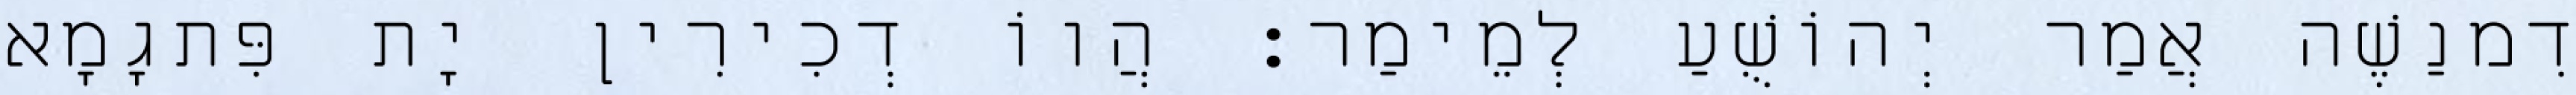
דִמנַשֶׁה אֲמַר יְהוֹשֻׁעַ לְמֵימַר׃ הֲווֹ דְכִירִין יָת פִּתגָמָא